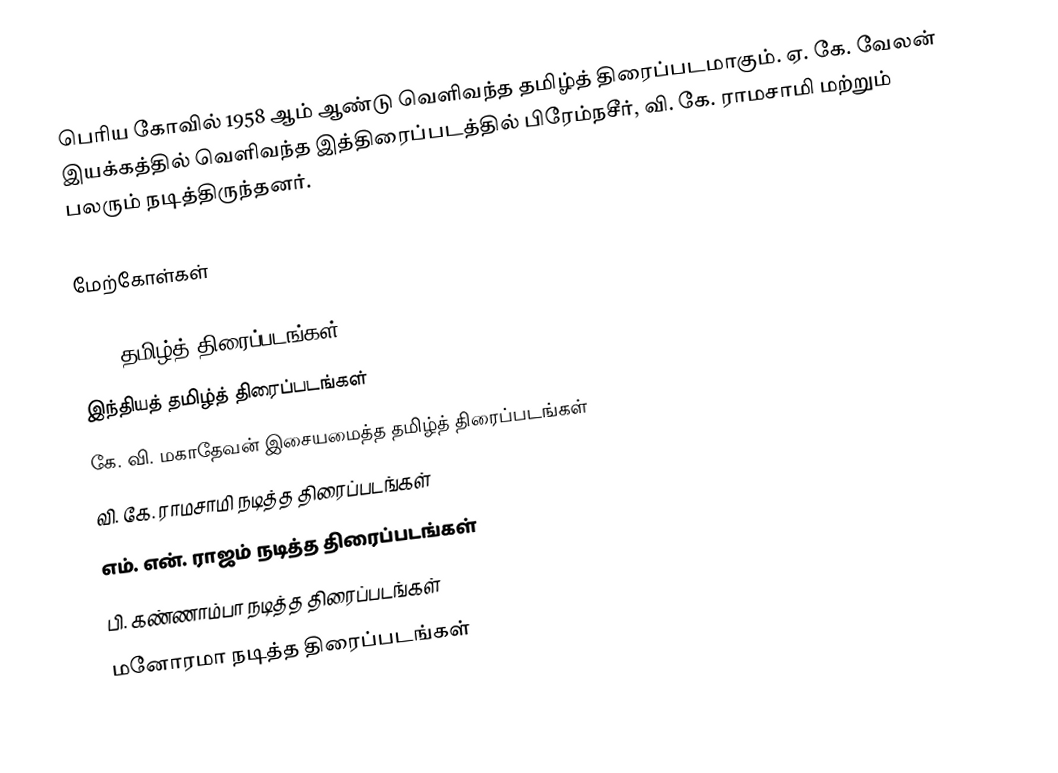
பெரிய கோவில் 1958 ஆம் ஆண்டு வெளிவந்த தமிழ்த் திரைப்படமாகும். ஏ. கே. வேலன் இயக்கத்தில் வெளிவந்த இத்திரைப்படத்தில் பிரேம்நசீர், வி. கே. ராமசாமி மற்றும் பலரும் நடித்திருந்தனர்.

மேற்கோள்கள்

1958 தமிழ்த் திரைப்படங்கள்
இந்தியத் தமிழ்த் திரைப்படங்கள்
கே. வி. மகாதேவன் இசையமைத்த தமிழ்த் திரைப்படங்கள்
வி. கே. ராமசாமி நடித்த திரைப்படங்கள்
எம். என். ராஜம் நடித்த திரைப்படங்கள்
பி. கண்ணாம்பா நடித்த திரைப்படங்கள்
மனோரமா நடித்த திரைப்படங்கள்